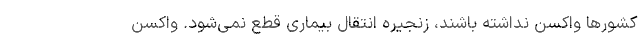
کشورها واکسن نداشته باشند، زنجیره انتقال بیماری قطع نمی‌شود. واکسن